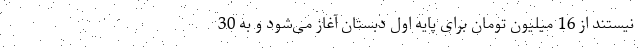
نیستند از 16 میلیون تومان برای پایه اول دبستان آغاز می‌شود و به 30